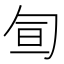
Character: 𠣙